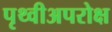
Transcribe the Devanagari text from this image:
पृथ्वीअपरोक्ष